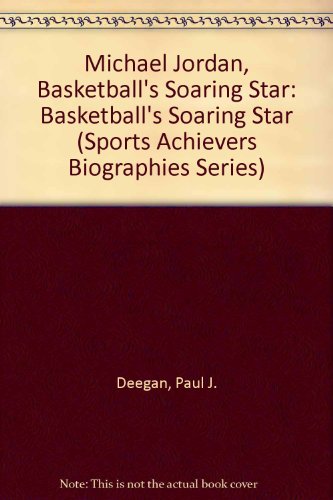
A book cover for Michael Jordan, Basketball's Soaring Star: Basketball's Soaring Star (Sports Achievers Biographies Series); Paul J. Deegan; Teen & Young Adult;